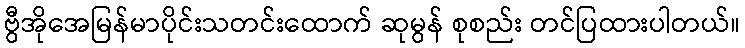
ဗွီအိုအေမြန်မာပိုင်းသတင်းထောက် ဆုမွန် စုစည်း တင်ပြထားပါတယ်။